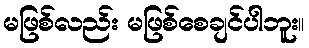
မဖြစ်လည်း မဖြစ်စေချင်ပါဘူး။